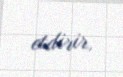
etdirir.